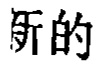
新的